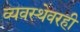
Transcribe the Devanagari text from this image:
व्यवस्थेवरही